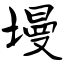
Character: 墁